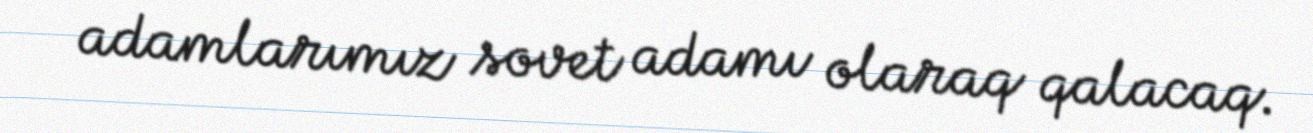
adamlarımız sovet adamı olaraq qalacaq.